Vaccination in the Punjab 1919-1929 - 1919-1929
Year: 1919
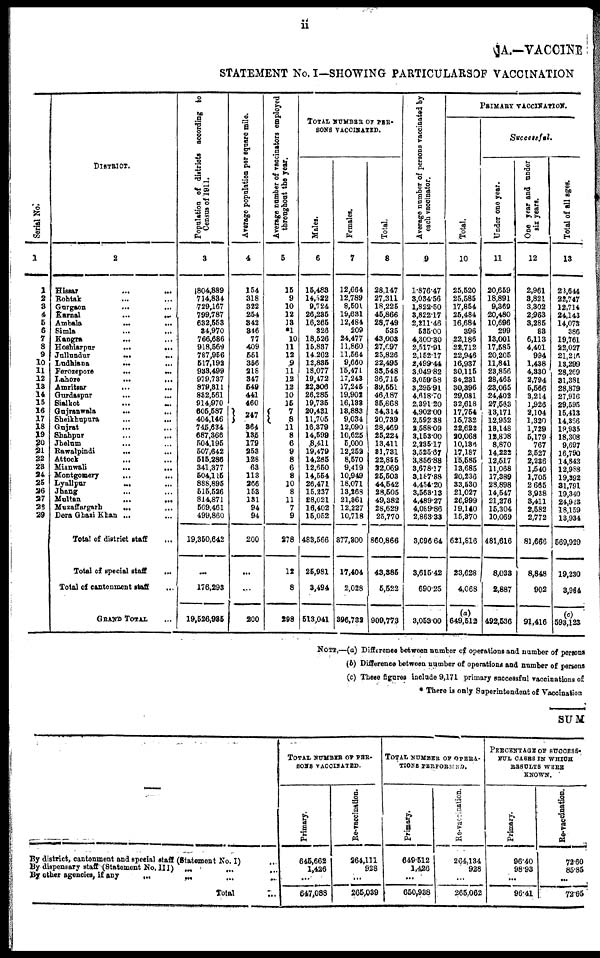
11
A.-VACCINE
STATEMENT No. I—SHOWING PARTICULARS OF VACCINATION
Serial No.
1
1
2
3
4
5
6
7
8
9
10
11
12
18
14
15
16
17
18
19
20
21
22
23
24
25
26
27
28
29
DISTRICT.
2
Hissar ... ...
Rohtak ... ...
Gurgaon ... ...
Karnal ... ...
Ambala ... ...
Simla ... ...
Kangra ... ...
Hoshiarpur ... ...
Jullundur
...
...
Ludhiana ... ...
Ferozepore
...
...
Lahore ... ...
Amritsar ... ...
Gurdaspur ... ...
Sialkot ... ...
Gujranwala
...
...
Sheikhupura
...
...
Gujrat ... ...
Shahpur ... ...
Jhelum ... ...
Rawalpindi ... ...
Attock ... ...
Mianwali
...
...
Montgomery
...
...
Lyallpur
...
...
Jhang ... ...
Multan
...
...
Muzaffargarh
...
...
Dera Ghazi Khan ... ...
Total of district staff ...
Total of special staff ...
Total of cantonment staff
...
GRAND TOTAL ...
Population of districts according to
Census of 1811.
3
1804,889
714,834
729,167
799,787
632,553
34,970
766,686
918,569
787,956
617,192
933,499
979,737
879,811
832,561
914,970
605,587
404,146
745,634
687,366
504,195
507,642
515,286
341,377
504,115
888,895
515,526
814,871
509,461
499,860
19,350,642
...
176,293
19,526,985
Average population per square mile.
4
154
318
322
254
342
346
77
409
551
356
218
347
549
441
460
247
364
135
179
253
128
63
113
266
153
131
94
94
200
...
...
200
Average number of vaccinators employed
throughout the year.
5
15
9
10
12
13
1
10
11
12
9
11
12
12
10
15
7 8
11
8
6
9
8
6
8
10
8
11
7
9
278
12
8
298
TOTAL NUMBER OF PER-
SONS VACCINATED.
Males.
6
15,483
14,522
9,724
26,235
16,265
326
18,526
15,837
14,262
12,886
18,077
19,472
22,306
26,285
19,735
20,431
11,705
16,379
14,599
8,411
19,479
14,285
12,650
14,554
26,471
15,237
28,021
16,402
15,052
483,566
25,981
3,494
513,041
Females.
7
12,664
12,789
8,501
19,631
12,484
209
24,477
11,860
11,564
9,660
15,471
17,243
17,245
19,902
16,138
18,883
9,034
12,090
10,626
5,000
12,252
8,570
9,419
10,949
18,071
13,268
21,361
12,227
10,718
877,300
17,404
2,028
396,732
Total.
8
28,147
27,311
18,225
45,866
28,749
535
43,003
27,697
25,826
22,495
33,548
36,715
39,551
46,187
35,868
34,314
20,739
28,469
25,224
13,411
31,731
22,855
22,069
25,503
44,542
28,505
49,382
28,629
25,770
860,866
43,385
5,522
909,773
Average number of persons vaccinated by
each vaccinator.
9
1,876.47
3,034.56
1,822.50
3,822.17
2,211.46
535.00
4,300.30
2,517.91
2,152.17
2,499.44
3,.049.82
3,059.58
3,295.91
4,618.70
2,391.20
4,.902.00
2,592.38
2,588.09
3,153.00
2,235.17
3,525.67
3,856.88
3,678.17
3,187.88
4,454.20
3,563.13
4,489.27
4,089.86
2,863.33
3,096.64
3,615.42
690.25
3,053.00
PRIMARY VACCINATION.
Total.
10
25,520
25,585
17,854
25,484
16,684
396
22,186
22,712
22,946
16,937
30,115
34,231
30,396
29,081
32,618
17,754
16,732
22,622
20,068
10,136
17,187
15,585
13,685
20,236
33,530
21,027
26,999
19,140
15,370
621,816
23,628
4,068
(a)
649,512
Successful.
Under one year.
11
20,659
18,891
9,369
20,480
10,696
299
13,001
17,585
20,205
11,841
23,856
28,465
23,065
24,402
27,583
13,171
12,952
18,148
12,808
8,870
14,222
12,517
11,068
17,389
28,898
14,547
21,276
15,304
10,069
481,616
8,033
2,887
492,536
One year and under
six years.
12
2,961
3,821
3,302
2,963
3,285
83
6,113
4,401
994
1,438
4,330
2,794
5,566
3,214
1,926
2,104
1,320
1,729
5,179
767
2,527
2,236
1,540
1,705
2 665
3,938
3,411
2,582
2,772
81,666
8,848
902
91,416
Total of all ages.
13
23,644
22,747
12,714
24,143
14,073
386
19,761
22,027
21,216
13,299
28,269
31,381
28,879
27,916
29,595
15,413
14,366
19,935
18,308
9,697
16,790
14,843
12,988
19,392
31,791
19,340
24,923
18,159
13,934
569,929
19,230
3,984
(c)
593,123
NOTE,—(a) Difference between number of operations and number of persona
(b) Difference between number of operations and number of persons
(c) These figures include 9,171 primary successful vaccinations of
* There is only Superintendent of Vaccination
SUM
By district, cantonment and special staff (Statement No. I) ...
By dispensary staff (Statement No, III) ... ... ...
By other agencies, if any
...
... ... ...
Total
...
TOTAL NUMBER OF PER-
SONS VACCINATED.
Primary.
646,662
1,426
...
647,088
Re-vaccination.
264,111
928
...
265,039
TOTAL NUNBER OF OPERA-
TIONS PERFORMED.
Primary.
649.512
1,426
...
650,938
Re-vaccination.
264,134
928
...
265,062
PERCENTAGE OF SUCCESS-
FUL CASES IN WHICH
RESULTS WERE
KNOWN.
Primary.
96.40
98.93
...
96.41
Re-vaccination.
72.60
85.85
...
72.65